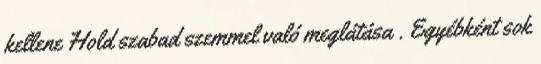
kellene Hold szabad szemmel való meglátása . Egyébként sok